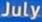
July